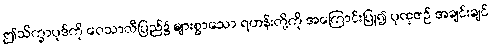
ဤသိက္ခာပုဒ်ကို ဝေသာလီပြည်၌ များစွာသော ရဟန်းတို့ကို အကြောင်းပြု၍ ပုထုဇဉ် အချင်းချင်